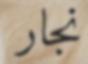
نجار